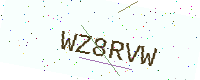
Text: WZ8RVW